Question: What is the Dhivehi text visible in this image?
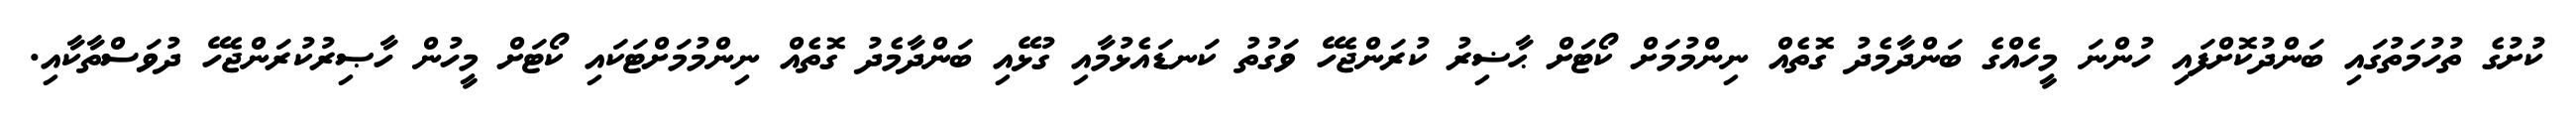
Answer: ކުށުގެ ތުހުމަތުގައި ބަންދުކޮށްފައި ހުންނަ މީހެއްގެ ބަންދާމެދު ގޮތެއް ނިންމުމަށް ކޯޓަށް ޙާޟިރު ކުރަންޖެހޭ ވަގުތު ކަނޑައެޅުމާއި ގުޅޭއި ބަންދާމެދު ގޮތެއް ނިންމުމަށްޓަކައި ކޯޓަށް މީހުން ހާޞިރުކުރަންޖެހޭ ދުވަސްތާކާއި.